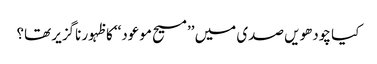
کیا چودھویں صدی میں ’’مسیح موعود‘‘ کا ظہور ناگزیر تھا؟